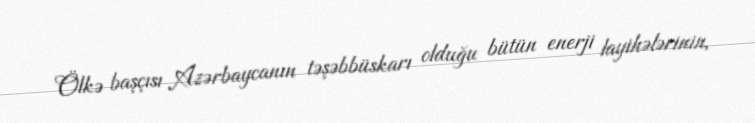
Ölkə başçısı Azərbaycanın təşəbbüskarı olduğu bütün enerji layihələrinin,